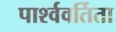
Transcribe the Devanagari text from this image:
पार्श्ववर्तिता